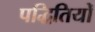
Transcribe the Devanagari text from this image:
पद्धितियों